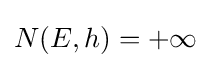
N(E,h)=+\infty